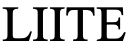
LIITE